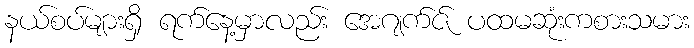
နယ်စပ်များရှိ ရက်နေ့မှာလည်း အေဂျက်ဇ် ပထမဆုံးကစားသမား